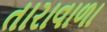
તારાવાળા